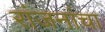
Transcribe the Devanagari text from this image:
रांजनांचा